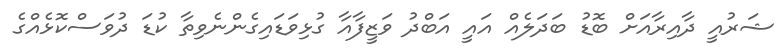
ޝަރުއީ ދާއިރާއަށް ބޮޑު ބަދަލެއް އައީ އަބްދު ވަޒީފާއާ ގުޅިވަޑައިގެންނެވިތާ ކުޑަ ދުވަސްކޮޅެއްގެ